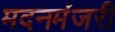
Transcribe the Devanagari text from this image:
मदनमंजरी